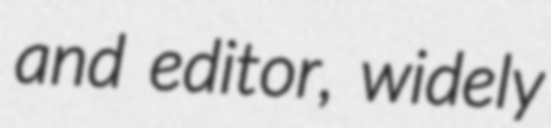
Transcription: and editor, widely